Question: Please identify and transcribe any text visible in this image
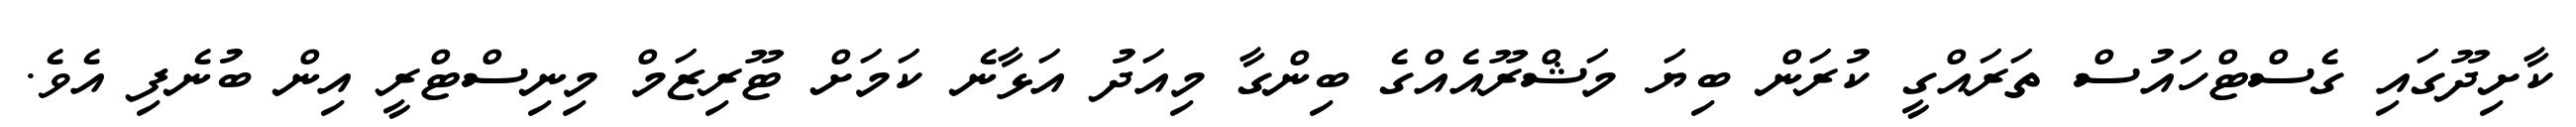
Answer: ކާށިދޫގައި ގެސްޓްހައުސް ތަރައްގީ ކުރަން ބިޔަ މަޝްރޫއެއްގެ ބިންގާ މިއަދު އަޅާނެ ކަމަށް ޓޫރިޒަމް މިނިސްޓްރީ އިން ބުނެފި އެވެ.